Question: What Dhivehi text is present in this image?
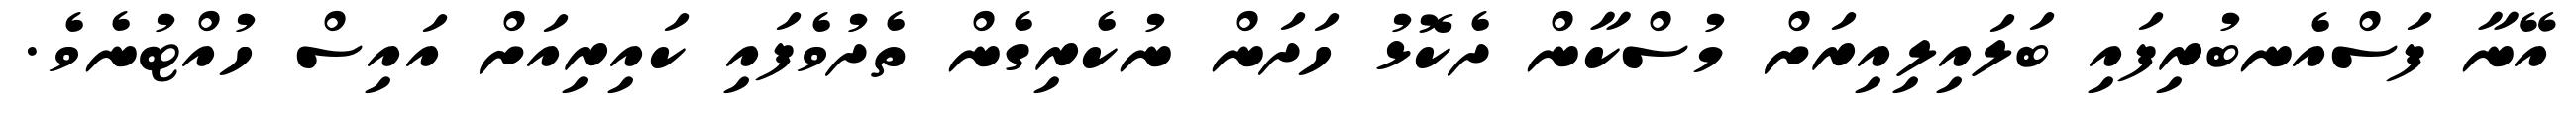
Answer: އޭނާ ފަސްއެނބުރިފައި ބަލައިލިއިރަށް މުސްކާން ދެކޮޅު ހަދަން ނުކެރިގެން ތެދުވެފައި ކައިރިއަށް އައިސް ހުއްޓުނެވެ.